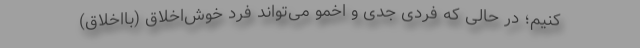
کنیم؛ در حالی که فردی جدی و اخمو می‌تواند فردِ خوش‌اخلاق (با‌اخلاق)